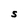
Character: S